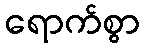
ရောက်စွာ